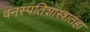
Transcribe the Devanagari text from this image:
वनस्पतिशास्त्रातहा